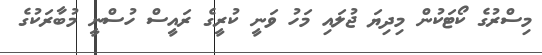
މިސްރުގެ ކޯޓަކުން މިދިޔަ ޖުލައި މަހު ވަނީ ކުރީގެ ރައީސް ހުސްނީ މުބާރަކުގެ